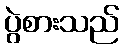
ပွဲစားသည်